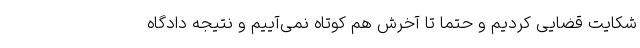
شکایت قضایی کردیم و حتما تا آخرش هم کوتاه نمی‌آییم و نتیجه دادگاه